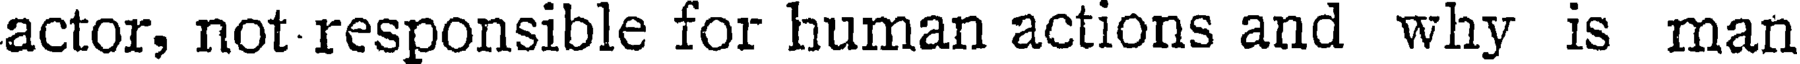
actor, not responsible for human actions and why is man